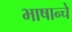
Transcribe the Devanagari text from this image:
भाषान्चे